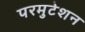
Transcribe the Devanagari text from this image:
परमुटेशन